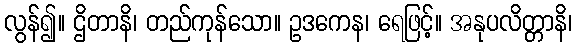
လွန်၍။ ဌိတာနိ၊ တည်ကုန်သော။ ဥဒကေန၊ ရေဖြင့်။ အနုပလိတ္တာနိ၊